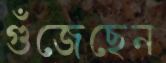
গুঁজেছেন